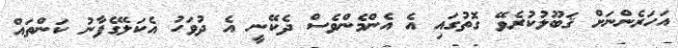
އަހަރެންނަށް ޤަބޫލުކުރެވޭ ގޮތުގައި އެ އެންމެންވެސް ދެކޭނީ އެ ދުވަހު އެކަލޭގެފާނު ކަންތައް